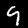
Label: 9